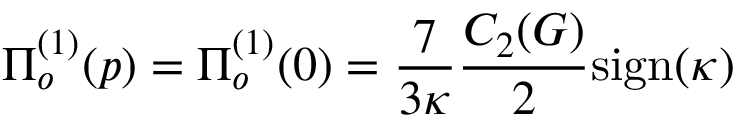
\Pi _ { o } ^ { ( 1 ) } ( p ) = \Pi _ { o } ^ { ( 1 ) } ( 0 ) = \frac { 7 } { 3 \kappa } \frac { C _ { 2 } ( G ) } { 2 } \mathrm { s i g n } ( \kappa )